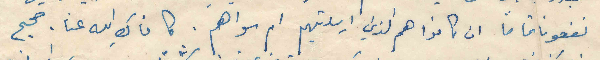
نفعونا تماما ان كانوا هم الذين ارسلتيهم ام سواهم . كافاكِ الله عنا. صحيح